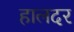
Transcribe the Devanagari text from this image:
हालदर